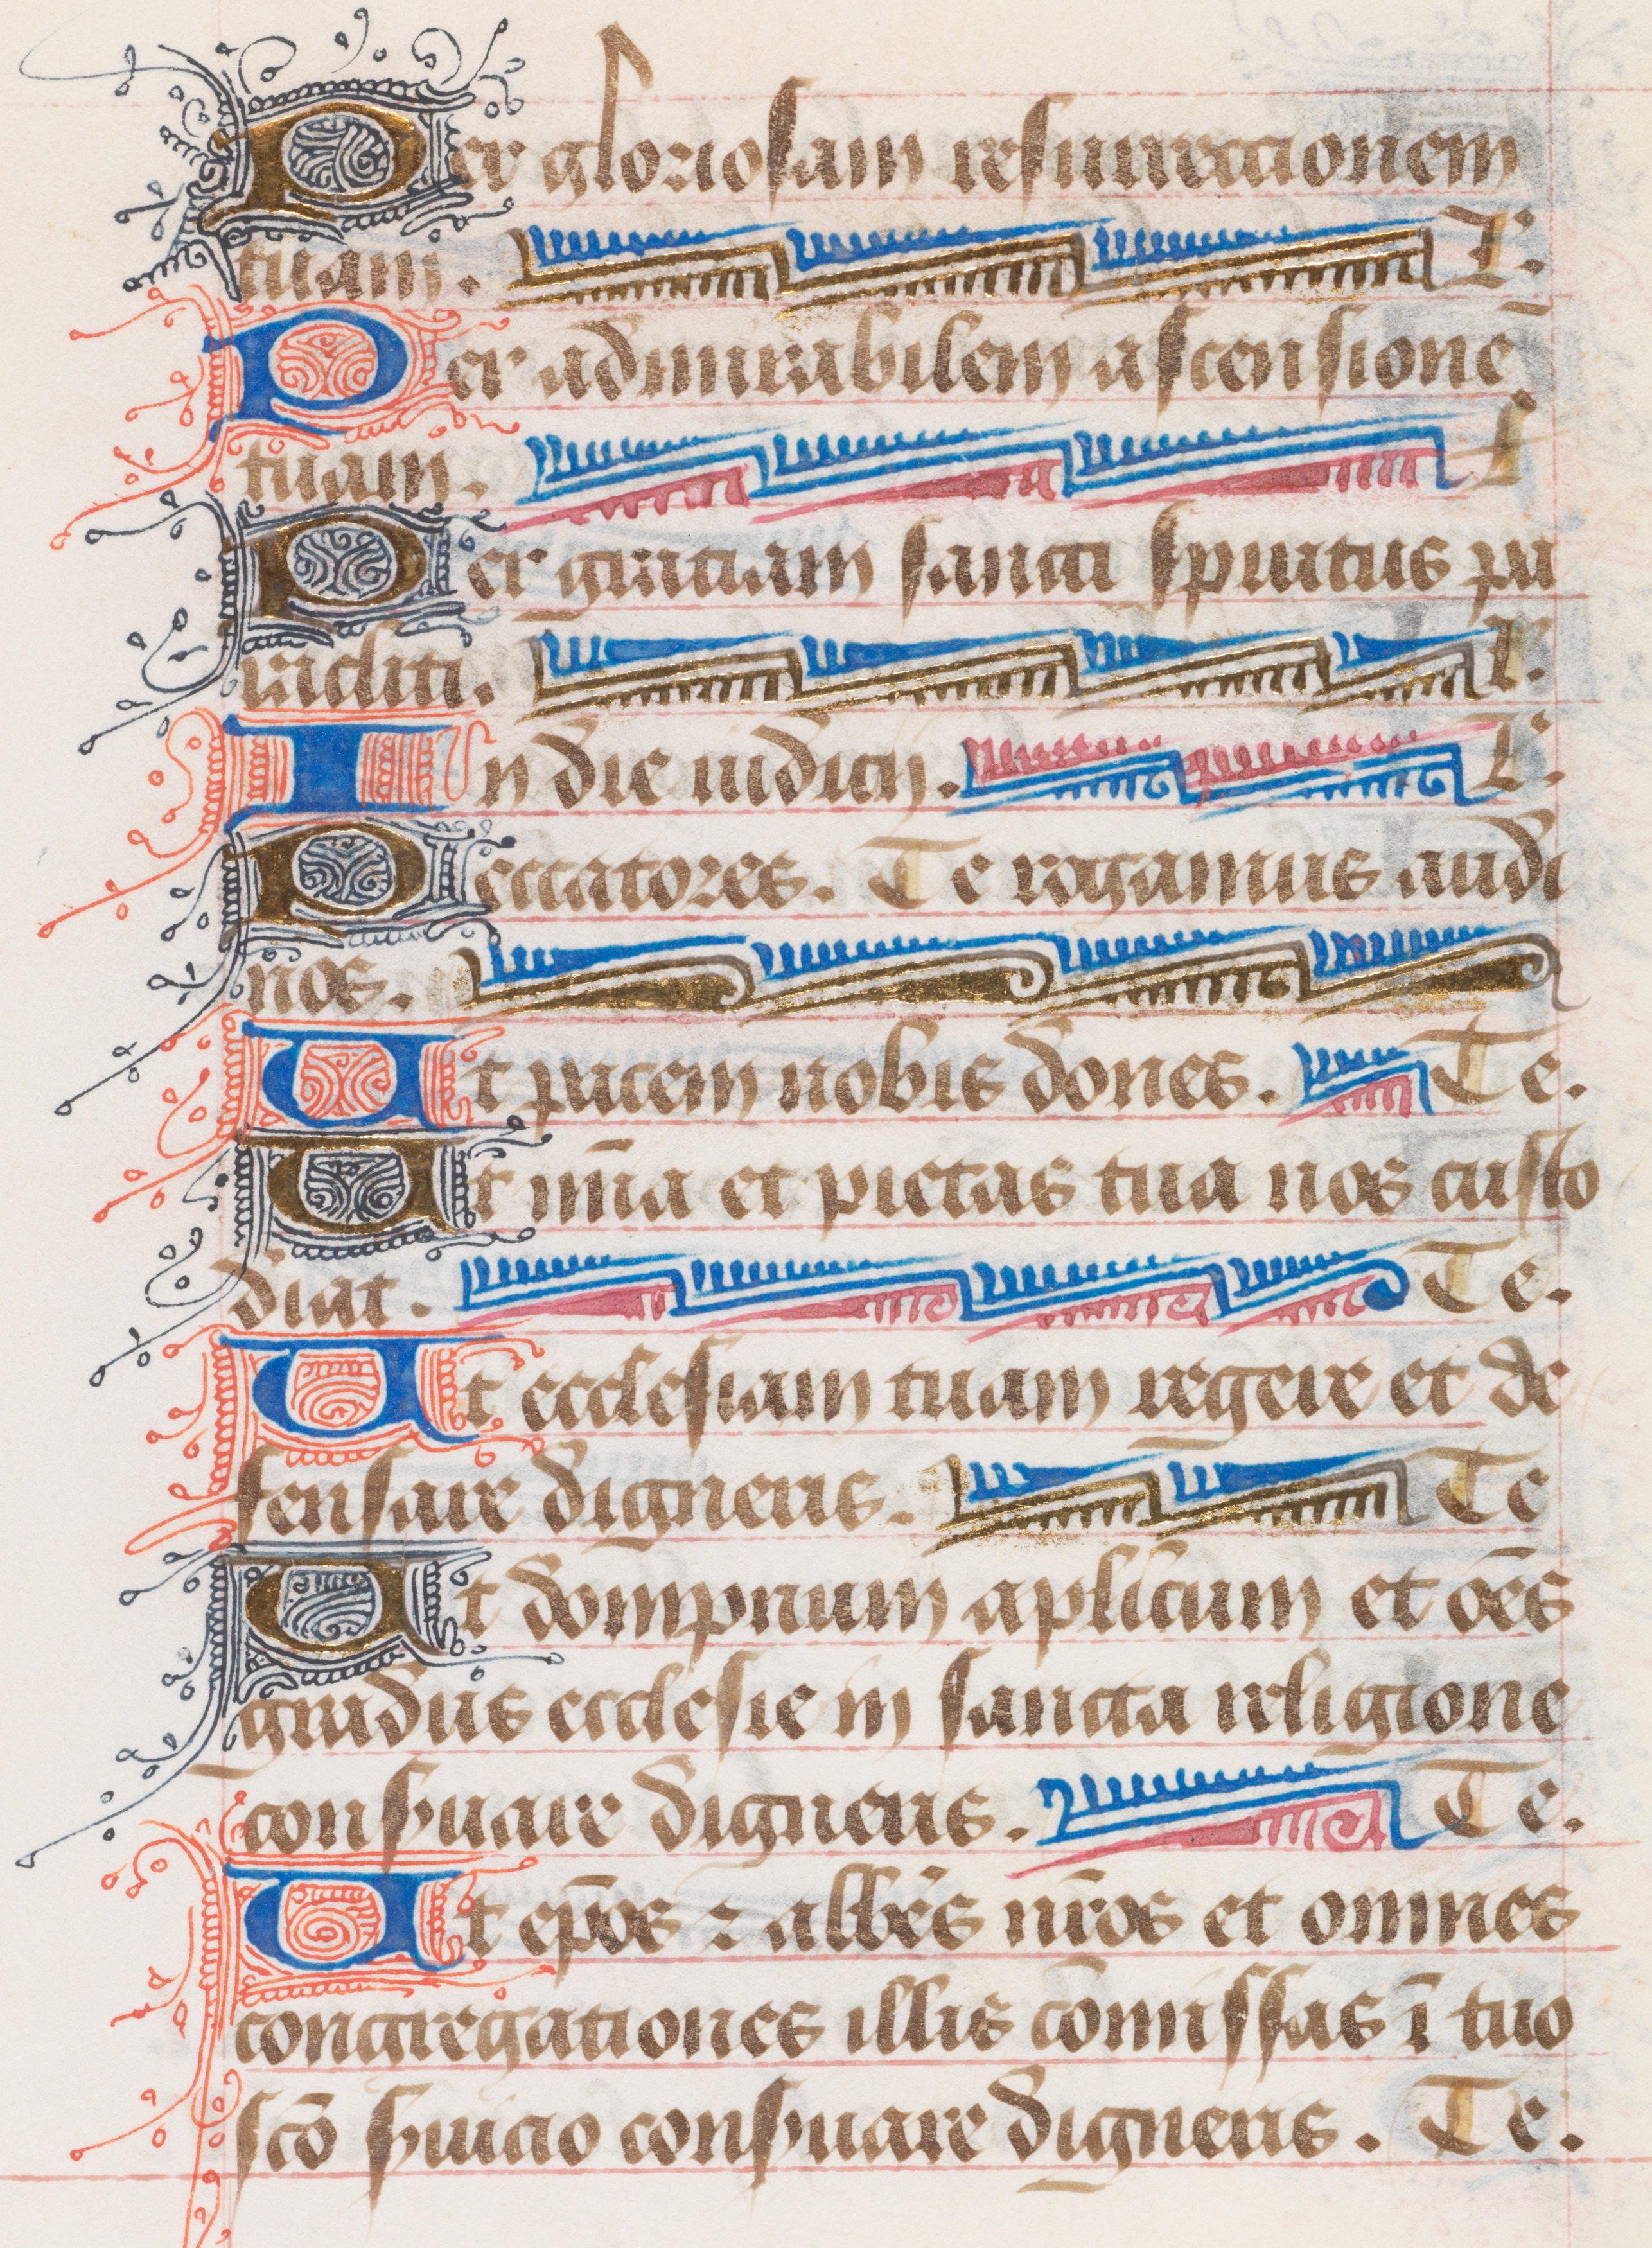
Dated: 1400–1499